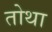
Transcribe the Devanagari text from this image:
तोथा